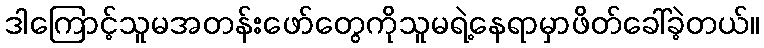
ဒါကြောင့်သူမအတန်းဖော်တွေကိုသူမရဲ့နေရာမှာဖိတ်ခေါ်ခဲ့တယ်။